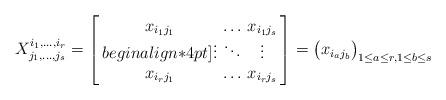
LaTeX: \begin{align*}\arraycolsep=2ptX^{i_1,\ldots,i_r}_{j_1,\ldots,j_s}=\left[\,\begin{matrix}x_{i_1j_1} & \ldots & x_{i_1j_s}\\begin{align*}4pt]\vdots &\ddots& \vdots \\x_{i_rj_1} & \ldots & x_{i_rj_s}\end{matrix}\,\right]=\big(x_{i_aj_b}\big)_{1\le a\le r,1\le b\le s}\end{align*}